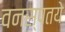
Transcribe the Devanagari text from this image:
वनस्पतये